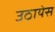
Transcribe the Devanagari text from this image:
उठायेस